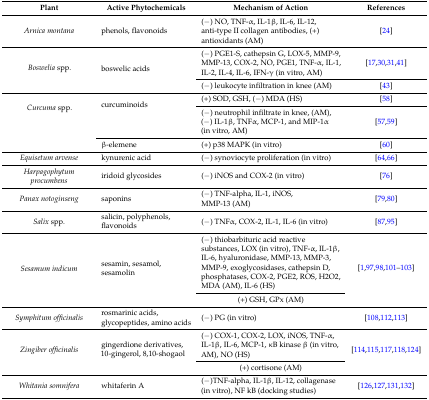
<table><thead><tr><td><b>Plant</b></td><td><b>Active Phytochemicals</b></td><td><b>Mechanism of Action</b></td><td><b>References</b></td></tr></thead><tbody><tr><td><i>Arnica montana</i></td><td>phenols, flavonoids</td><td>(−) NO, TNF-α, IL-1β, IL-6, IL-12, anti-type II collagen antibodies, (+) antioxidants (AM)</td><td>[24]</td></tr><tr><td rowspan="2"><i>Boswelia</i> spp.</td><td rowspan="2">boswelic acids</td><td>(−) PGE1-S, cathepsin G, LOX-5, MMP-9, MMP-13, COX-2, NO, PGE1, TNF-α, IL-1, IL-2, IL-4, IL-6, IFN-γ (in vitro, AM)</td><td>[17,30,31,41]</td></tr><tr><td>(−) leukocyte infiltration in knee (AM)</td><td>[43]</td></tr><tr><td rowspan="3"><i>Curcuma</i> spp.</td><td rowspan="2">curcuminoids</td><td>(+) SOD, GSH, (−) MDA (HS)</td><td>[58]</td></tr><tr><td>(−) neutrophil infiltrate in knee, (AM), (−) IL-1β, TNFα, MCP-1, and MIP-1α (in vitro, AM)</td><td>[57,59]</td></tr><tr><td>β-elemene</td><td>(+) p38 MAPK (in vitro)</td><td>[60]</td></tr><tr><td><i>Equisetum arvense</i></td><td>kynurenic acid</td><td>(−) synoviocyte proliferation (in vitro)</td><td>[64,66]</td></tr><tr><td><i>Harpagophytum procumbens</i></td><td>iridoid glycosides</td><td>(−) iNOS and COX-2 (in vitro)</td><td>[76]</td></tr><tr><td><i>Panax notoginseng</i></td><td>saponins</td><td>(−) TNF-alpha, IL-1, iNOS, MMP-13 (AM)</td><td>[79,80]</td></tr><tr><td><i>Salix</i> spp.</td><td>salicin, polyphenols, flavonoids</td><td>(−) TNFα, COX-2, IL-1, IL-6 (in vitro)</td><td>[87,95]</td></tr><tr><td rowspan="2"><i>Sesamum indicum</i></td><td rowspan="2">sesamin, sesamol, sesamolin</td><td>(−) thiobarbituric acid reactive substances, LOX (in vitro), TNF-α, IL-1β, IL-6, hyaluronidase, MMP-13, MMP-3, MMP-9, exoglycosidases, cathepsin D, phosphatases, COX-2, PGE2, ROS, H2O2, MDA (AM), IL-6 (HS)</td><td rowspan="2">[1,97,98,101,102,103]</td></tr><tr><td>(+) GSH, GPx (AM)</td></tr><tr><td><i>Symphitum officinalis</i></td><td>rosmarinic acids, glycopeptides, amino acids</td><td>(−) PG (in vitro)</td><td>[108,112,113]</td></tr><tr><td rowspan="2"><i>Zingiber officinalis</i></td><td rowspan="2">gingerdione derivatives, 10-gingerol, 8,10-shogaol</td><td>(−) COX-1, COX-2, LOX, iNOS, TNF-α, IL-1β, IL-6, MCP-1, κB kinase β (in vitro, AM), NO (HS)</td><td rowspan="2">[114,115,117,118,124]</td></tr><tr><td>(+) cortisone (AM)</td></tr><tr><td><i>Whitania somnifera</i></td><td>whitaferin A</td><td>(−)TNF-alpha, IL-1β, IL-12, collagenase (in vitro), NF kB (docking studies)</td><td>[126,127,131,132]</td></tr></tbody></table>